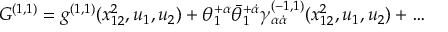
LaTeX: G ^ { ( 1 , 1 ) } = g ^ { ( 1 , 1 ) } ( x _ { 1 2 } ^ { 2 } , u _ { 1 } , u _ { 2 } ) + \theta _ { 1 } ^ { + \alpha } \bar { \theta } _ { 1 } ^ { + \dot { \alpha } } \gamma _ { \alpha \dot { \alpha } } ^ { ( - 1 , 1 ) } ( x _ { 1 2 } ^ { 2 } , u _ { 1 } , u _ { 2 } ) + \ldots